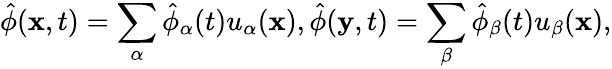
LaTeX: \hat{\phi}({\mathbf x},t)=\sum_{\alpha}\hat{\phi}_{\alpha}(t)u_{\alpha}({\mathbf x}),\hat{\phi}({\mathbf y},t)=\sum_{\beta}\hat{\phi}_{\beta}(t)u_{\beta}({\mathbf x}),